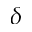
\delta